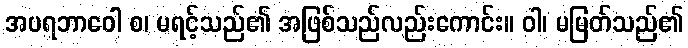
အပရဘာဝေါ စ၊ မရင့်သည်၏ အဖြစ်သည်လည်းကောင်း။ ဝါ၊ မမြတ်သည်၏